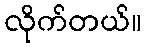
လိုက်တယ်။